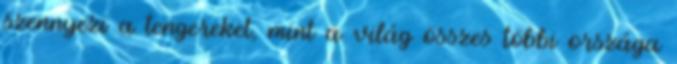
szennyezi a tengereket, mint a világ összes többi országa